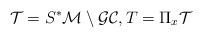
LaTeX: \begin{align*} \mathcal{T}= S^*\mathcal{M} \setminus \mathcal{GC},T= \Pi_x \mathcal{T}\end{align*}